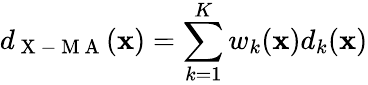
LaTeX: d_{\mathrm{~X~-~M~A~}}(\mathbf{x})=\sum_{k=1}^{K}w_{k}(\mathbf{x})d_{k}(\mathbf{x})